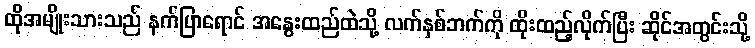
ထိုအမျိုးသားသည် နက်ပြာရောင် အနွေးထည်ထဲသို့ လက်နှစ်ဘက်ကို ထိုးထည့်လိုက်ပြီး ဆိုင်အတွင်းသို့